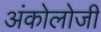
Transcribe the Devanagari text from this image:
अंकोलोजी